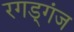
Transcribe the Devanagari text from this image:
रगड्गंज